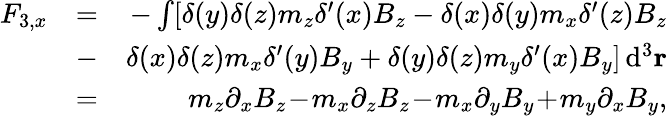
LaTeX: \begin{array}{rlr}{F_{3,x}}&{=}&{-\int[\delta(y)\delta(z)m_{z}\delta^{\prime}(x)B_{z}-\delta(x)\delta(y)m_{x}\delta^{\prime}(z)B_{z}}\\ &{-}&{\delta(x)\delta(z)m_{x}\delta^{\prime}(y)B_{y}+\delta(y)\delta(z)m_{y}\delta^{\prime}(x)B_{y}]\, \mathrm{d}^{3}\mathbf r}\\ &{=}&{m_{z}\partial_{x}B_{z}\! -\! m_{x}\partial_{z}B_{z}\! -\! m_{x}\partial_{y}B_{y}\! +\! m_{y}\partial_{x}B_{y},}\end{array}